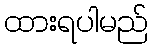
ထားရပါမည်